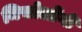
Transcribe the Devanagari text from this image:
मिसोलोंगी